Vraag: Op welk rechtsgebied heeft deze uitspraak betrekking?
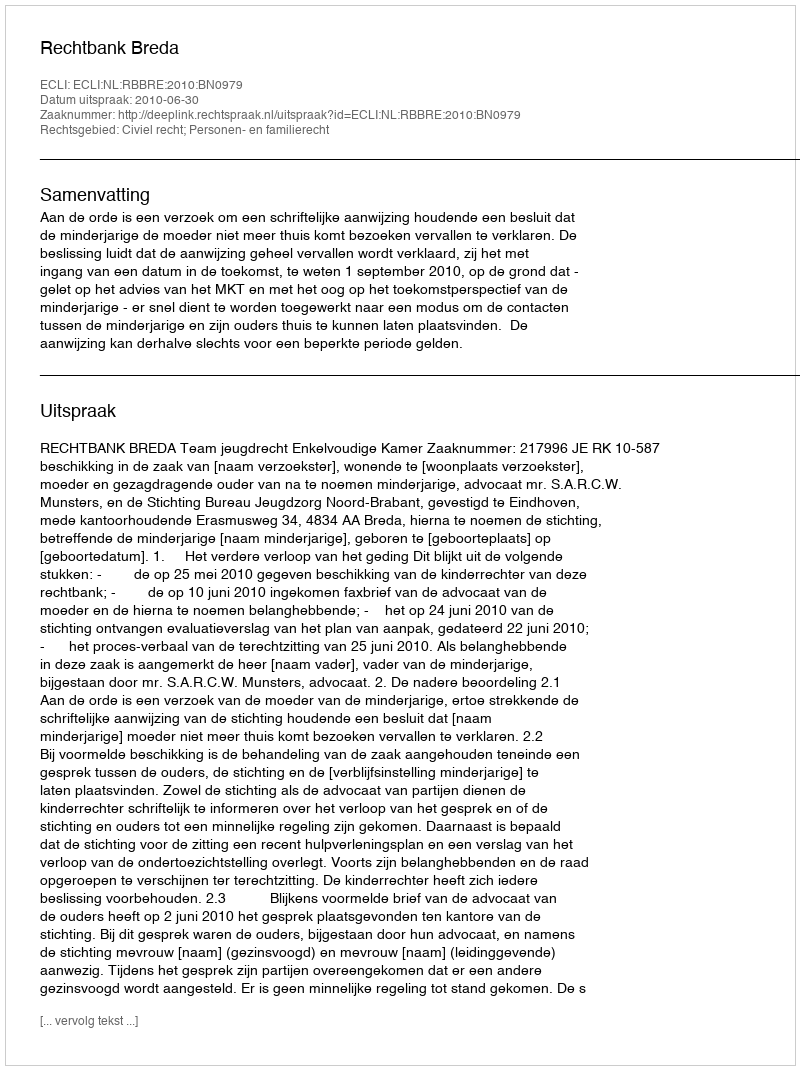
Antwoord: Civiel recht; Personen- en familierecht